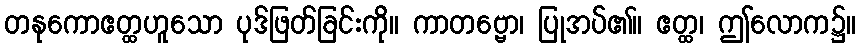
တနုကောဧတ္ထဟူသော ပုဒ်ဖြတ်ခြင်းကို။ ကာတဗ္ဗော၊ ပြုအပ်၏။ ဧတ္ထ၊ ဤလောက၌။